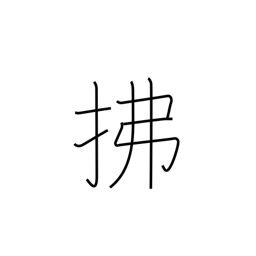
Meaning: sweep away